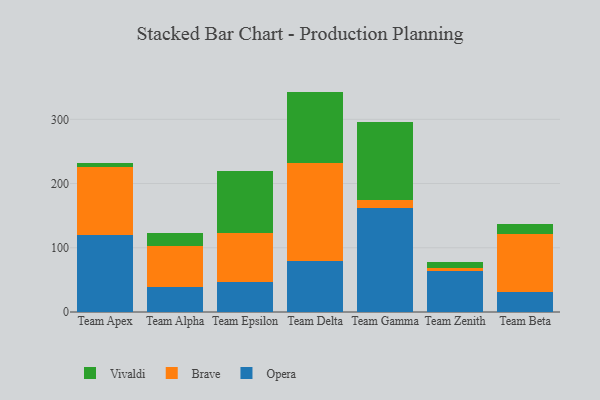
{"axis": {"x": "Team", "y": "Gross Profit (USD K)"}, "legend": ["Brave", "Opera", "Vivaldi"], "data": [{"x": "Team Apex", "y": 120.6, "type": "Opera"}, {"x": "Team Apex", "y": 104.8, "type": "Brave"}, {"x": "Team Apex", "y": 7.2, "type": "Vivaldi"}, {"x": "Team Alpha", "y": 38.5, "type": "Opera"}, {"x": "Team Alpha", "y": 63.6, "type": "Brave"}, {"x": "Team Alpha", "y": 20.9, "type": "Vivaldi"}, {"x": "Team Epsilon", "y": 46.8, "type": "Opera"}, {"x": "Team Epsilon", "y": 76.9, "type": "Brave"}, {"x": "Team Epsilon", "y": 95.9, "type": "Vivaldi"}, {"x": "Team Delta", "y": 80.1, "type": "Opera"}, {"x": "Team Delta", "y": 152.2, "type": "Brave"}, {"x": "Team Delta", "y": 110.9, "type": "Vivaldi"}, {"x": "Team Gamma", "y": 162.2, "type": "Opera"}, {"x": "Team Gamma", "y": 12.5, "type": "Brave"}, {"x": "Team Gamma", "y": 120.7, "type": "Vivaldi"}, {"x": "Team Zenith", "y": 63.1, "type": "Opera"}, {"x": "Team Zenith", "y": 5.0, "type": "Brave"}, {"x": "Team Zenith", "y": 9.7, "type": "Vivaldi"}, {"x": "Team Beta", "y": 31.2, "type": "Opera"}, {"x": "Team Beta", "y": 90.7, "type": "Brave"}, {"x": "Team Beta", "y": 15.6, "type": "Vivaldi"}]}